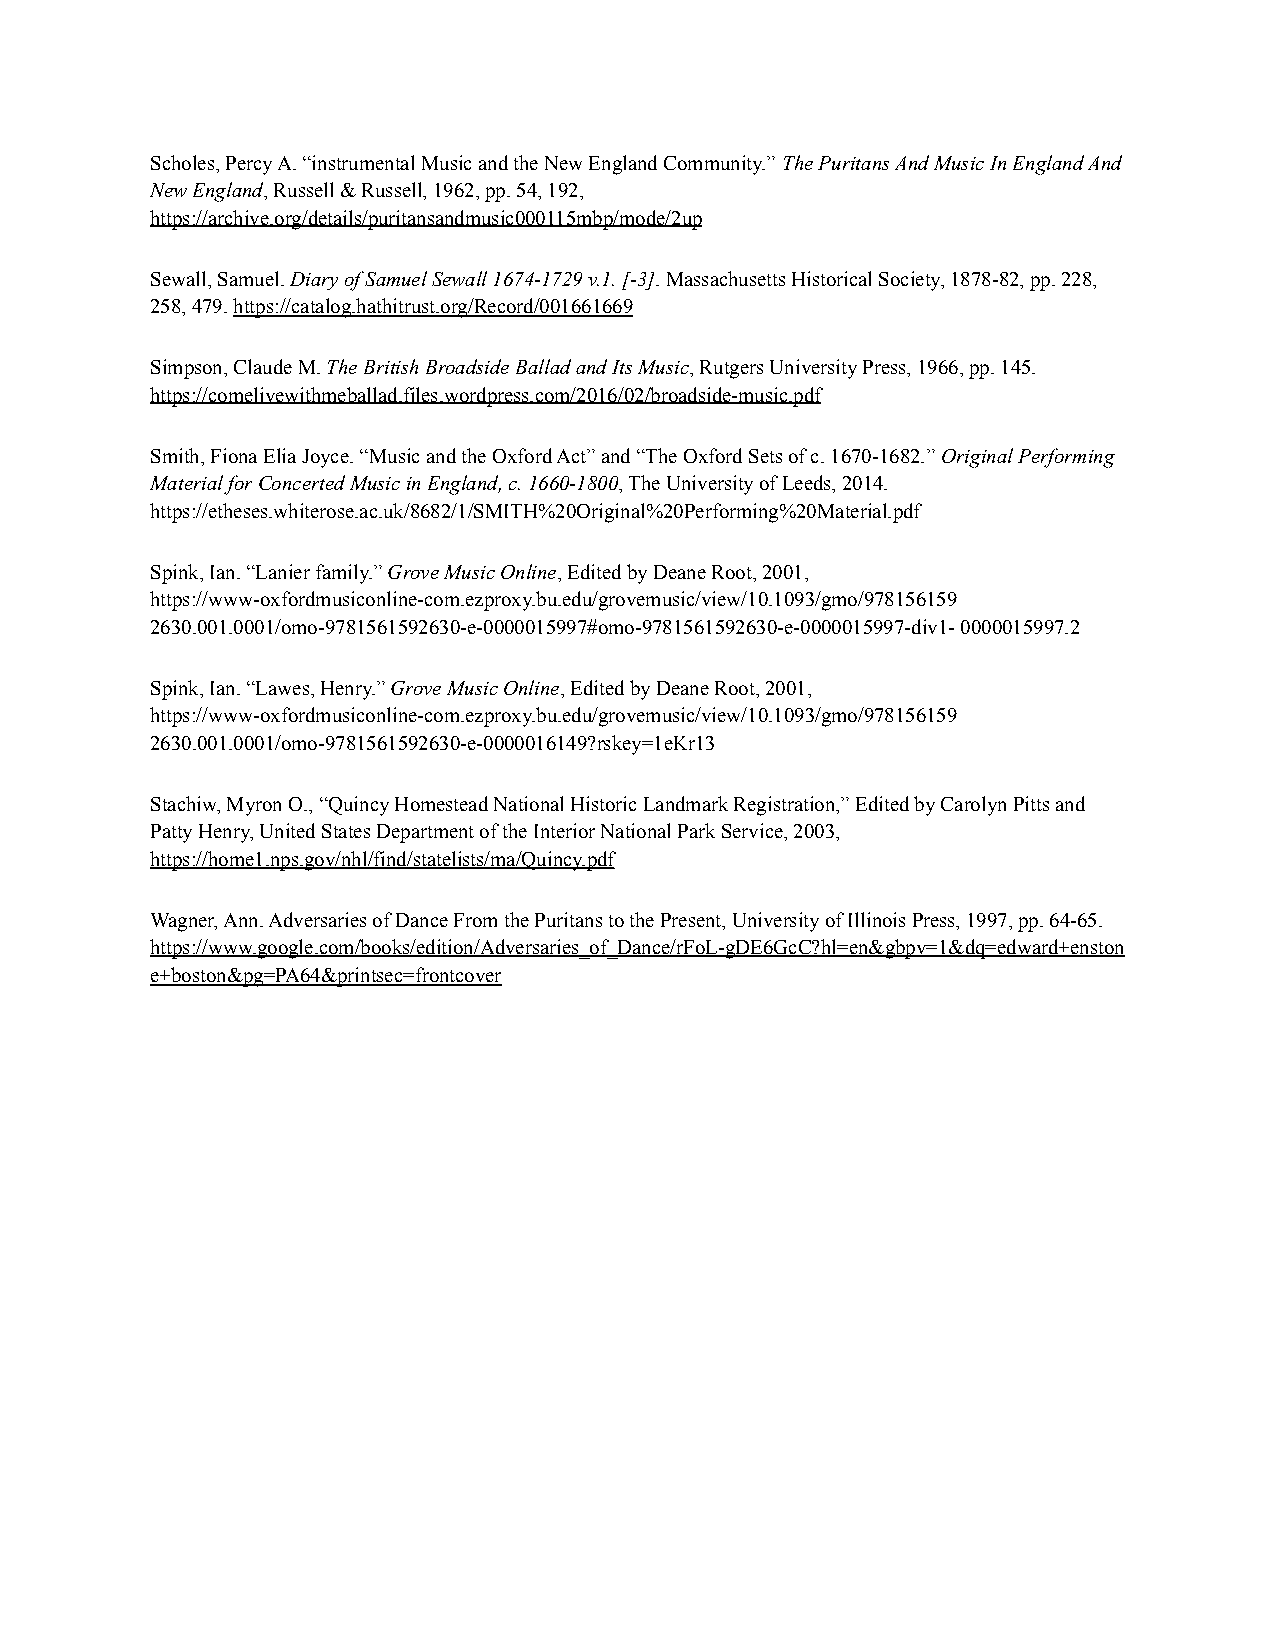
Scholes, Percy A. “instrumental Music and the New England Community.” The Puritans And Music In England And
 New England, Russell & Russell, 1962, pp. 54, 192,
 https://archive.org/details/puritansandmusic000115mbp/mode/2up
 Sewall, Samuel.Diary of Samuel Sewall 1674-1729 v.1.[-3]. Massachusetts Historical Society, 1878-82,pp. 228,
 258, 479.https://catalog.hathitrust.org/Record/001661669
 Simpson, Claude M.The British Broadside Ballad andIts Music, Rutgers University Press, 1966, pp. 145.
 https://comelivewithmeballad.files.wordpress.com/2016/02/broadside-music.pdf
 Smith, Fiona Elia Joyce. “Music and the Oxford Act” and “The Oxford Sets of c. 1670-1682.” Original Performing
 Material for Concerted Music in England,c. 1660-1800,The University of Leeds, 2014.
 https://etheses.whiterose.ac.uk/8682/1/SMITH%20Original%20Performing%20Material.pdf
 Spink, Ian. “Lanier family.”Grove Music Online, Editedby Deane Root, 2001,
 https://www-oxfordmusiconline-com.ezproxy.bu.edu/grovemusic/view/10.1093/gmo/978156159
 2630.001.0001/omo-9781561592630-e-0000015997#omo-9781561592630-e-0000015997-div1- 0000015997.2
 Spink, Ian. “Lawes, Henry.”Grove Music Online, Editedby Deane Root, 2001,
 https://www-oxfordmusiconline-com.ezproxy.bu.edu/grovemusic/view/10.1093/gmo/978156159
 2630.001.0001/omo-9781561592630-e-0000016149?rskey=1eKr13
 Stachiw, Myron O., “Quincy Homestead National Historic Landmark Registration,” Edited by Carolyn Pitts and
 Patty Henry, United States Department of the Interior National Park Service, 2003,
 https://home1.nps.gov/nhl/find/statelists/ma/Quincy.pdf
 Wagner, Ann. Adversaries of Dance From the Puritans to the Present, University of Illinois Press, 1997, pp. 64-65.
 https://www.google.com/books/edition/Adversaries_of_Dance/rFoL-gDE6GcC?hl=en&gbpv=1&dq=edward+enston
 e+boston&pg=PA64&printsec=frontcover